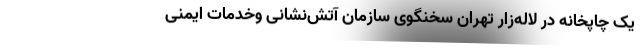
یک چاپخانه در لاله‌زار تهران سخنگوی سازمان آتش‌نشانی وخدمات ایمنی